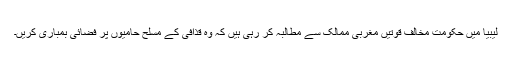
لیبیا میں حکومت مخالف قوتیں مغربی ممالک سے مطالبہ کر رہی ہیں کہ وہ قذافی کے مسلح حامیوں پر فضائی بمباری کریں۔